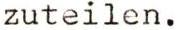
zuteilen.